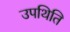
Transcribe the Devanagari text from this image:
उपथिति